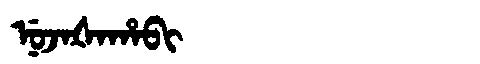
Manchu: ᠨᡠᠵᠠᡧᠠᡥᠠᠪᡳ
Romanization: NUJAŠAHABI